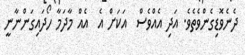
ދެނެވޮޑިގެންވެތެވެ. އަދި އެއްވެސް  އަކަށް އެ  އެއް މާދަމާ ހޯދައިގަންނާނީ